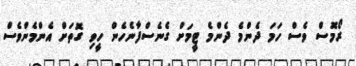
ރޯމޮސް ވެސް ހަމަ ދެންމެ ދެންމެ ޓީމަށް ގެނެސްފާނެހެން ހީވި ގޮތަށް އެންމެންވެސް